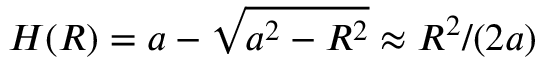
H ( R ) = a - \sqrt { a ^ { 2 } - R ^ { 2 } } \approx R ^ { 2 } / ( 2 a )